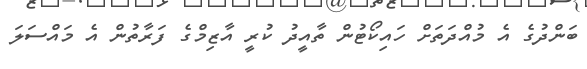
ބަންދުގެ އެ މުއްދަތަށް ހައިކޯޓުން ތާއީދު ކުރީ އާޒިމްގެ ފަރާތުން އެ މައްސަލަ